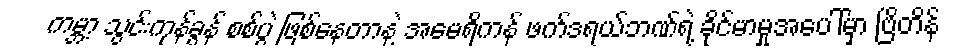
ကမ္ဘာ့ သွင်းကုန်ခွန် စစ်ပွဲ ဖြစ်နေတာနဲ့ အမေရိကန် ဖက်ဒရယ်ဘဏ်ရဲ့ ခိုင်မာမှုအပေါ်မှာ ဗြိတိန်